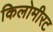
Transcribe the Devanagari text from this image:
किलोमीरट